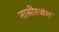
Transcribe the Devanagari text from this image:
नासीरजंग